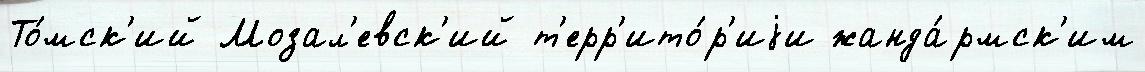
То́мск'ий Мозал'евск'ий т'ерр'ито́р'иjи жанда́рмск'им